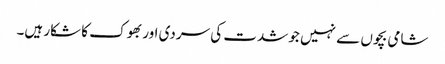
شامی بچوں سے نہیں جو شدت کی سردی اور بھوک کا شکار ہیں۔